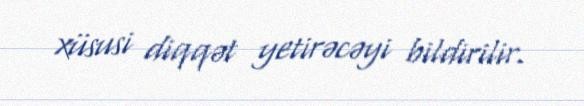
xüsusi diqqət yetirəcəyi bildirilir.